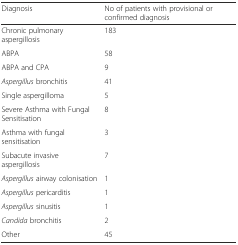
<table><thead><tr><td><b>Diagnosis</b></td><td><b>No of patients with provisional or confirmed diagnosis</b></td></tr></thead><tbody><tr><td>Chronic pulmonary aspergillosis</td><td>183</td></tr><tr><td>ABPA</td><td>58</td></tr><tr><td>ABPA and CPA</td><td>9</td></tr><tr><td><i>Aspergillus</i> bronchitis</td><td>41</td></tr><tr><td>Single aspergilloma</td><td>5</td></tr><tr><td>Severe Asthma with Fungal Sensitisation</td><td>8</td></tr><tr><td>Asthma with fungal sensitisation</td><td>3</td></tr><tr><td>Subacute invasive aspergillosis</td><td>7</td></tr><tr><td><i>Aspergillus</i> airway colonisation</td><td>1</td></tr><tr><td><i>Aspergillus</i> pericarditis</td><td>1</td></tr><tr><td><i>Aspergillus</i> sinusitis</td><td>1</td></tr><tr><td><i>Candida</i> bronchitis</td><td>2</td></tr><tr><td>Other</td><td>45</td></tr></tbody></table>